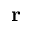
\mathbf { r }